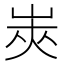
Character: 𰎟